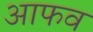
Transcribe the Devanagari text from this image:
आफव